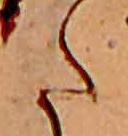
た